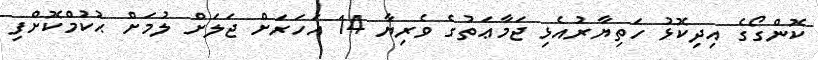
ކޮންގޯގެ އިދިކޮޅު ހަތިޔާރުއެޅި ޖަމާޢަތުގެ ވެރިޔާ 14 އަހަރަށް ޖަލަށް ލުމަށް ޙުކުމްކޮށްފި